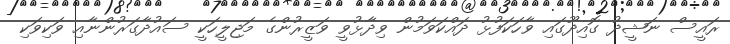
ރައީސް ނަޝީދު ގޮއިދޫގައި ވާހަކަފުޅު ދައްކަވަމުން ވިދާޅުވީ ވަޒީރުންގެ މަޖިލީހަކީ ސައުދާގަރުންނާއި ވަކިވަކި